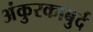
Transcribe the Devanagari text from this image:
अंकुरकाबुर्द